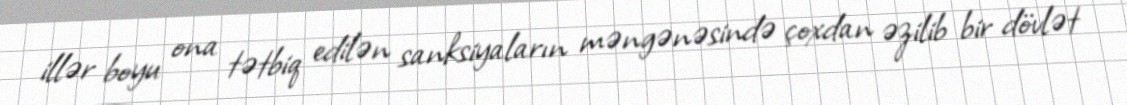
illər boyu ona tətbiq edilən sanksiyaların məngənəsində çoxdan əzilib bir dövlət